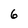
Character: 6